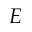
E